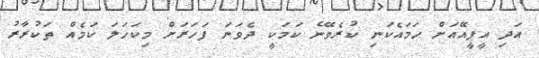
އަދި އީޕީއޭއަށް ހަމައެކަނި ކުރެވޭނެ ކަމަކީ ދެވަނަ ފަހަރަށް މިކަހަލަ ކަމެއް ތަކުރާރު